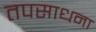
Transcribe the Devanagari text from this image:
तपसाधना